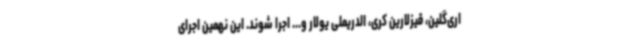
اری‌گلین، قیزلارین کری، الدریملی یولار و... اجرا شوند. این نهمین اجرای